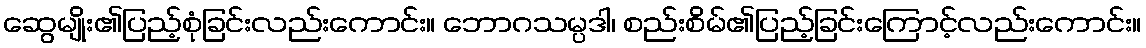
ဆွေမျိုး၏ပြည့်စုံခြင်းလည်းကောင်း။ ဘောဂသမ္ပဒါ၊ စည်းစိမ်၏ပြည့်ခြင်းကြောင့်လည်းကောင်း။